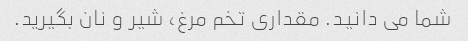
شما می دانید. مقداری تخم مرغ، شیر و نان بگیرید.